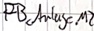
Text: FB Anlage M2